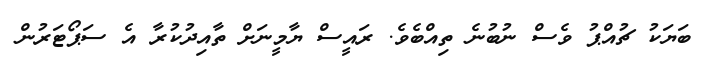
ބަޔަކު ޗުއްޕު ވެސް ނުބުނެ ތިއްބެވެ. ރައީސް ޔާމީނަށް ތާއިދުކުރާ އެ ސަޕޯޓަރުން